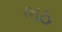
ભઠ